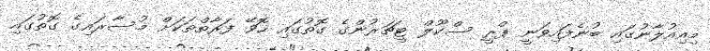
މިއިއުލާނުގައި ބުނެފައިވަނީ ޕްރީ ސްކޫލް ޓީޗަރުންގެ ގޮތުގައި ހޮވޭ ފަރާތްތަކަށް މުސާރައިގެ ގޮތުގައި